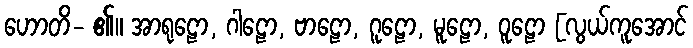
ဟောတိ- ၏။ အာရုဠော, ဂါဠော, ဗာဠော, ဂူဠော, မူဠော, ဝူဠော [လွယ်ကူအောင်